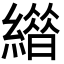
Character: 𦅊